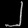
Digit: ၂